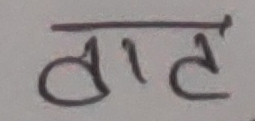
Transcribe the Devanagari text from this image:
बाट